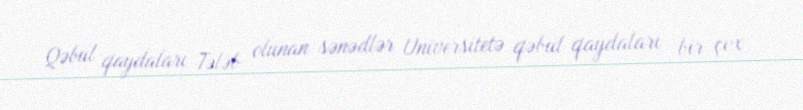
Qəbul qaydaları Tələb olunan sənədlər Universitetə qəbul qaydaları bir çox